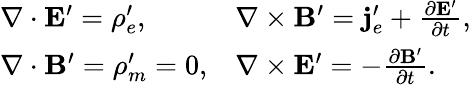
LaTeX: \begin{array}{ll}{{\nabla\cdot\mathbf{E}^{\prime}=\rho_{e}^{\prime},}}&{{\nabla\times\mathbf{B}^{\prime}=\mathbf{j}_{e}^{\prime}+\frac{\partial\mathbf{E^{\prime}}}{\partial t},}}\\ {{\nabla\cdot\mathbf{B}^{\prime}=\rho_{m}^{\prime}=0,}}&{{\nabla\times\mathbf{E}^{\prime}=-\frac{\partial\mathbf{B^{\prime}}}{\partial t}.}}\end{array}